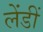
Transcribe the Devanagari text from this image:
लेंडीं